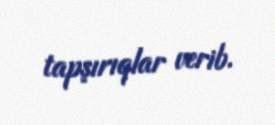
tapşırıqlar verib.